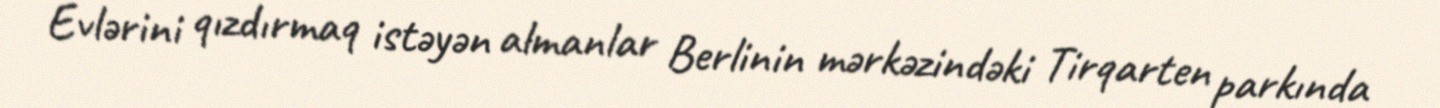
Evlərini qızdırmaq istəyən almanlar Berlinin mərkəzindəki Tirqarten parkında